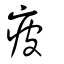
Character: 疲